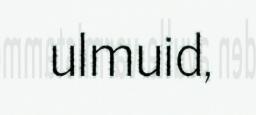
ulmuid,